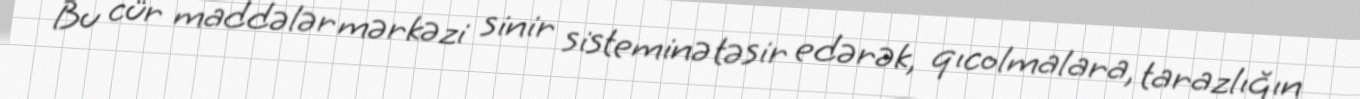
Bu cür maddələr mərkəzi sinir sisteminə təsir edərək, qıcolmalara, tarazlığın